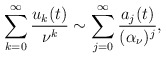
\begin{align*}\sum_{k=0}^{\infty}{u_{k}(t)\over \nu^{k}} \sim\sum_{j=0}^{\infty}{a_{j}(t)\over (\alpha_{\nu})^{j}},\end{align*}